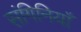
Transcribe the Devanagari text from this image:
संगिनियाँ